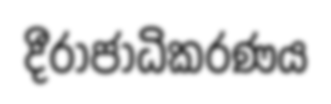
දීරාජාධිකරණය